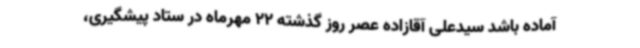
آماده باشد سیدعلی آقازاده عصر روز گذشته 22 مهرماه در ستاد پیشگیری،